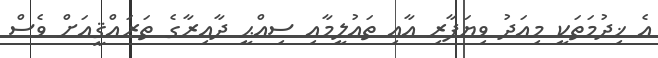
އެ ޚިދުމަތަކީ މިއަދު ވިޔަފާރި އާއި ތައުލީމާއި ސިއްޙީ ދާއިރާގެ ތަރައްޤީއަށް ވެސް